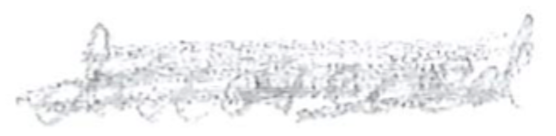
Text: discovered
Cross-out: scratch
Writing tool: pencil